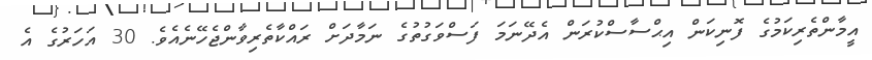
އީމާންތެރިކަމުގެ ފޮނިކަން އިޙްސާސްކުރަން އެދޭނަމަ ފަސްވަގުތުގެ ނަމާދަށް ރައްކާތެރިވާންޖެހޭނެއެވެ. 30 އަހަރުގެ އެ